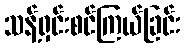
သန့်ရှင်းစင်ကြယ်ခြင်း